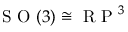
\mathrm { ~ S ~ O ~ } ( 3 ) \cong \mathrm { ~ R ~ P ~ } ^ { 3 }